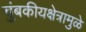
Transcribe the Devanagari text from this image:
चुंबकीयक्षेत्रामुळे